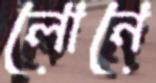
লোনে